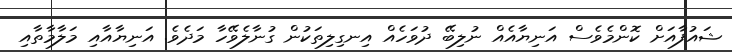
ޝައުފާއަށް ކޮންމެވެސް އަނިޔާއެއް ނުލިބޭ ދުވަހެއް އިނގިލިތަކުން ގުނާލެވޭހާ މަދެވެ. އަނިޔާއާއި މަލާމާތާއި